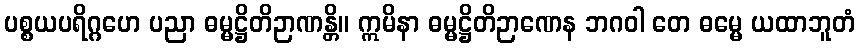
ပစ္စယပရိဂ္ဂဟေ ပညာ ဓမ္မဋ္ဌိတိဉာဏန္တိ။ ဣမိနာ ဓမ္မဋ္ဌိတိဉာဏေန ဘဂဝါ တေ ဓမ္မေ ယထာဘူတံ